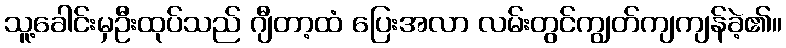
သူ့ခေါင်းမှဦးထုပ်သည် ဂျီတာ့ထံ ပြေးအလာ လမ်းတွင်ကျွတ်ကျကျန်ခဲ့၏။